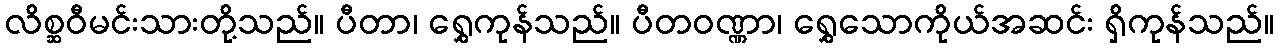
လိစ္ဆဝီမင်းသားတို့သည်။ ပီတာ၊ ရွှေကုန်သည်။ ပီတဝဏ္ဏာ၊ ရွှေသောကိုယ်အဆင်း ရှိကုန်သည်။